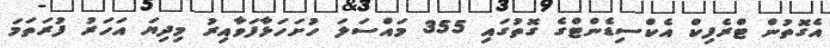
އެގޮތުން ޓްރެފިކް އެކްސިޑެންޓްގެ ގޮތުގައި 355 މައްސަލަ ހުށަހަޅާފަވާއިރު މިދިޔަ އަހަރު ފުރަތަމަ